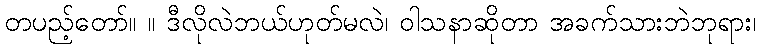
တပည့်တော်။ ။ ဒီလိုလဲဘယ်ဟုတ်မလဲ၊ ဝါသနာဆိုတာ အခက်သားဘဲဘုရား၊